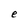
Character: e